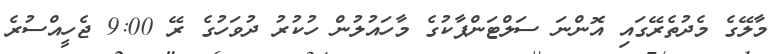
މާލޭގެ މެދުތެރޭގައި އޮންނަ ސަލްޓަންޕާކުގެ މާހައުލުން ހުކުރު ދުވަހުގެ ރޭ 9:00 ޖެހީއްސުރެ